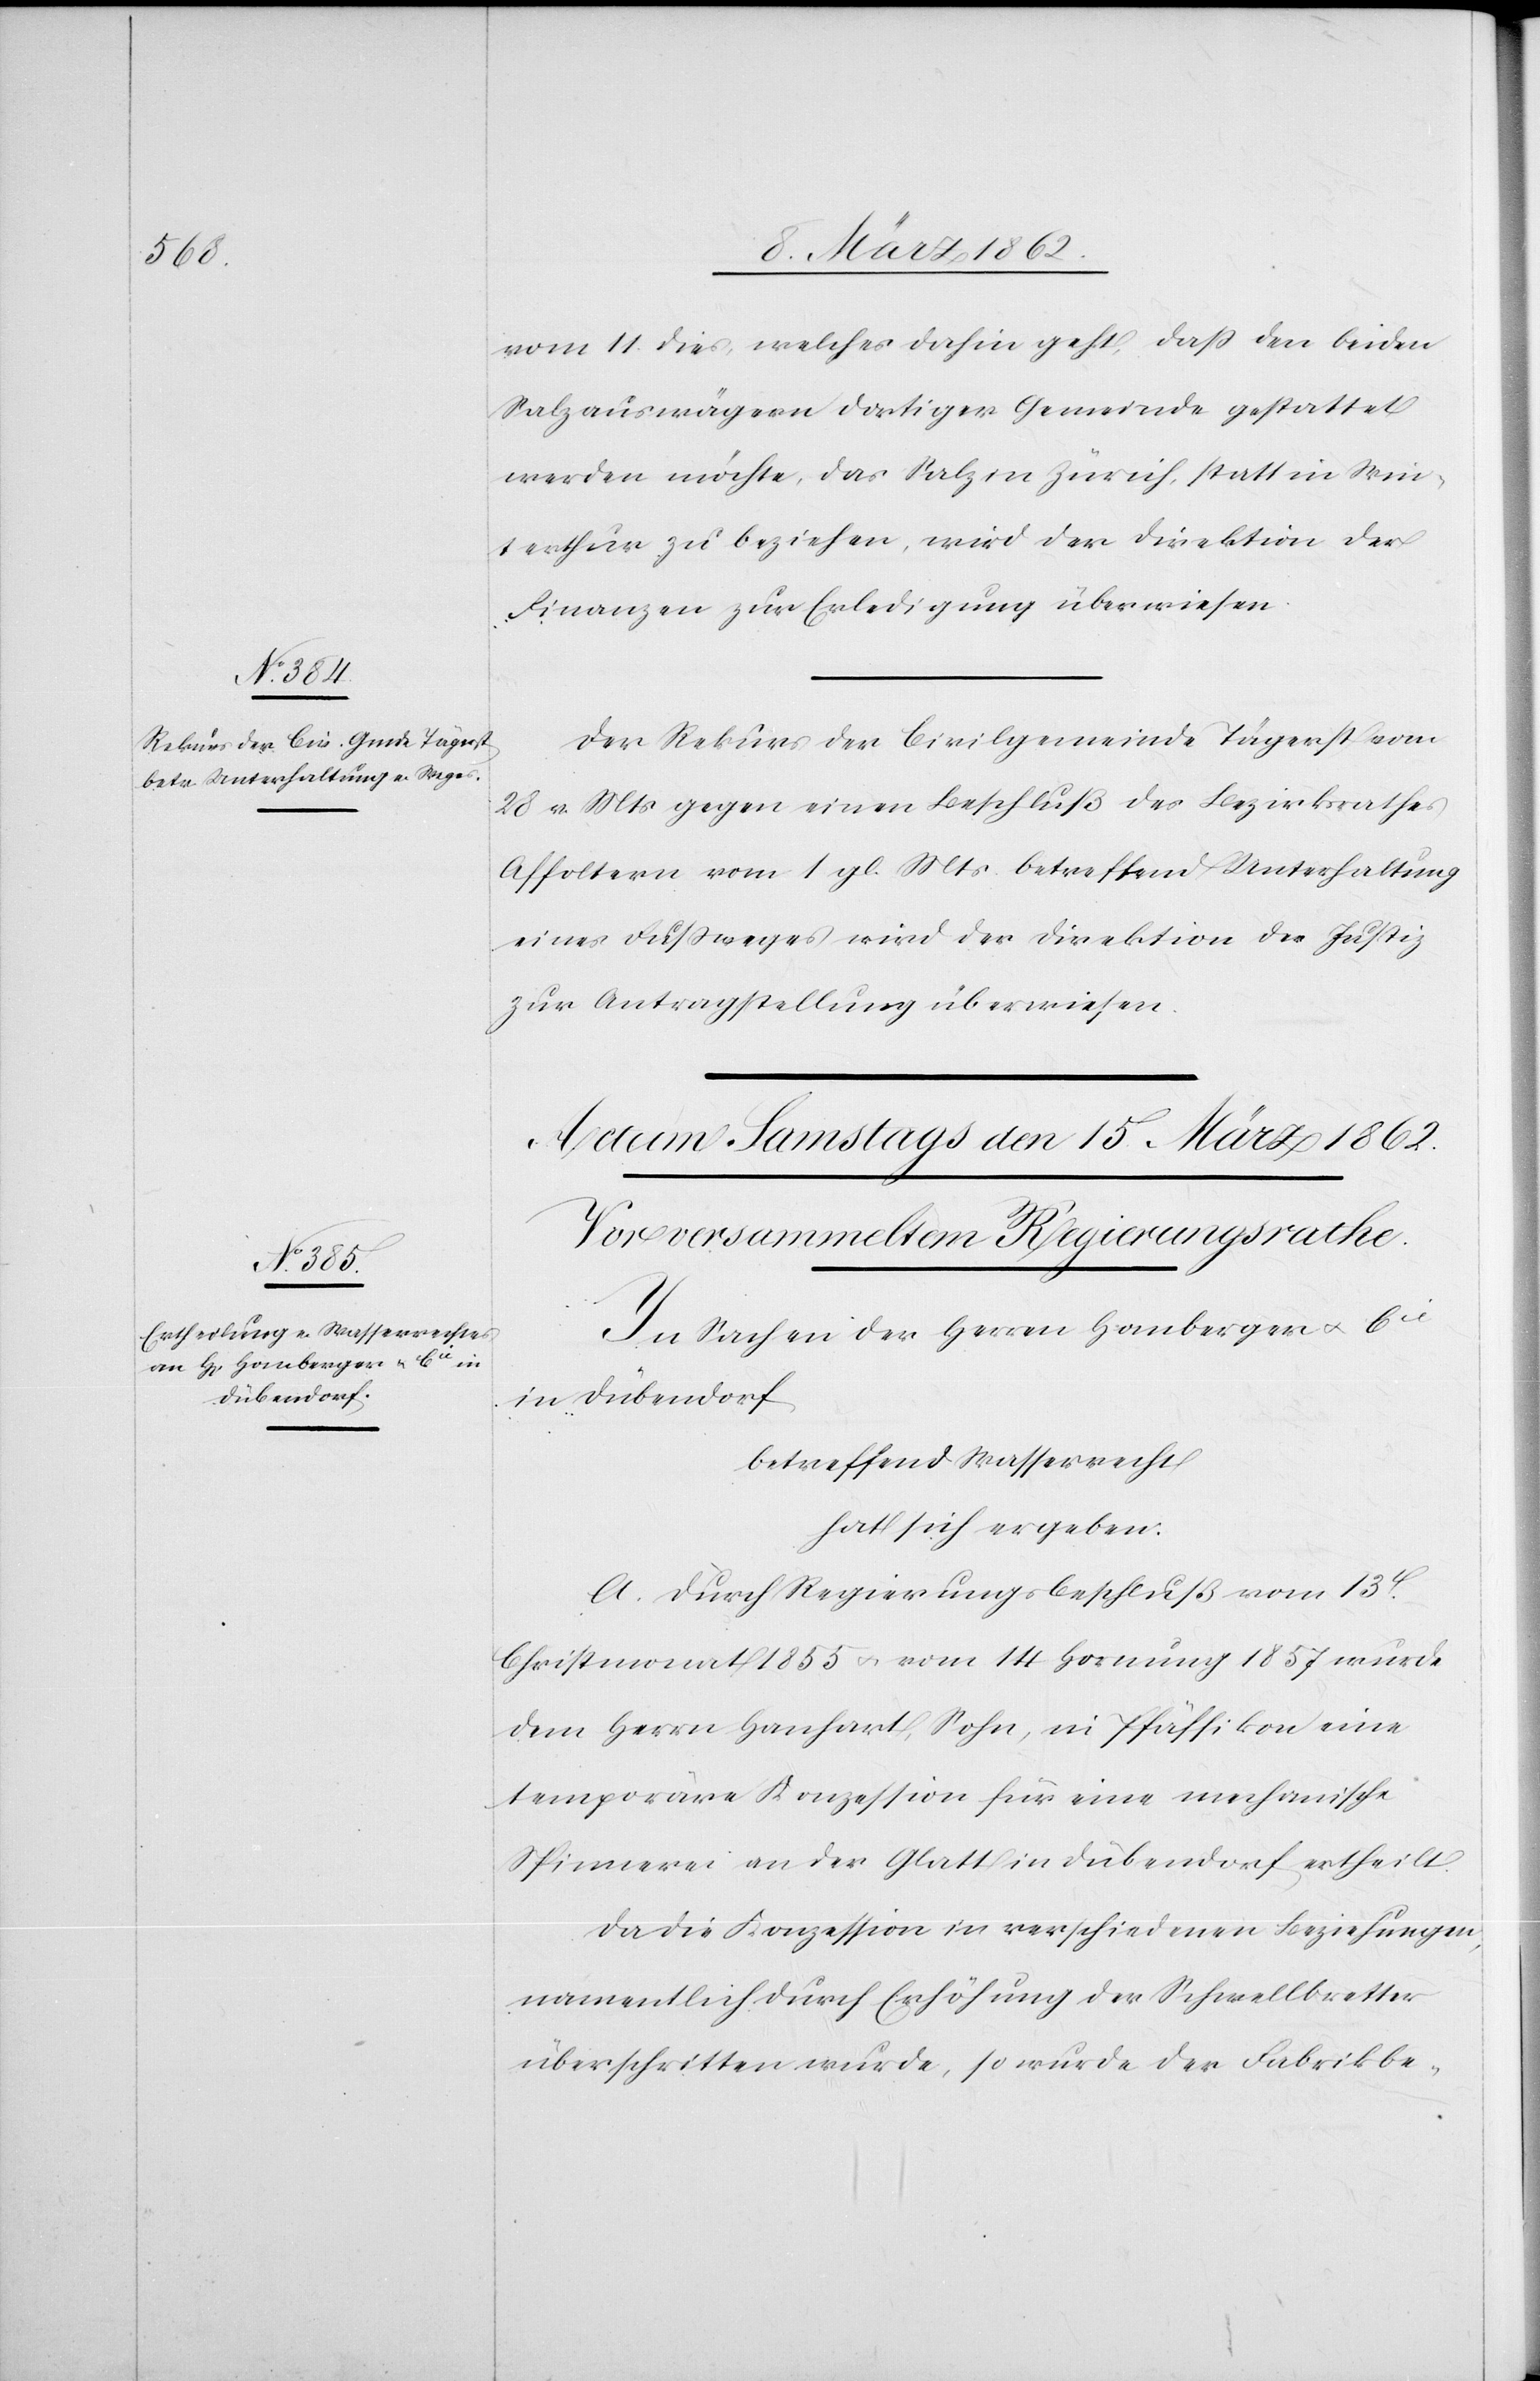
14. März 1862.]
vom 11. dies, welches dahin geht, daß den beiden
Salzauswägern dortiger Gemeinde gestattet
werden möchte, das Salz in Zürich, statt in Win¬
terthur zu beziehen, wird der Direktion der
Finanzen zur Erledigung überwiesen.
Der Rekurs der Civilgemeinde Tägerst vom
28 v. Mts gegen einen Beschluß des Bezirksrathes
Affoltern vom 1 gl. Mts betreffend Unterhaltung
eines Fußweges wird der Direktion der Justiz
zur Antragstellung überwiesen.
In Sachen der Herren Homberger u. Cie
in Dübendorf
betreffend Wasserrecht
hat sich ergeben:
A. Durch Regierungsbeschluß vom 13t.
Christmonat 1855 u. vom 14 Hornung 1857 wurde
dem Herrn Hanhart, Sohn, in Pfäffikon eine
temporäre Konzession für eine mechanische
Spinnerei an der Glatt in Dübendorf ertheilt.
Da die Konzession in verschiedenen Beziehungen,
namentlich durch Erhöhung der Schwellbretter
überschritten wurde, so wurde der Fabrikbe-